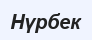
Нүрбек